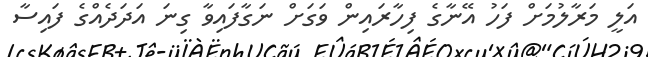
އަލީ މަރާލުމަށް ފަހު އޭނާގެ ފިހާރައިން ވަގަށް ނަގާފައިވާ ގިނަ އަދަދެއްގެ ފައިސާ